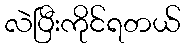
လဲပြီးကိုင်ရတယ်